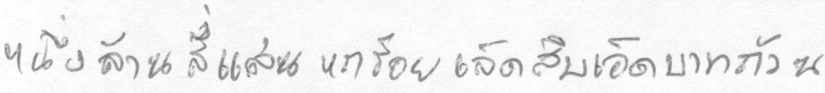
หนึ่งล้านสี่แสนหกร้อยเจ็ดสิบเอ็ดบาทถ้วน